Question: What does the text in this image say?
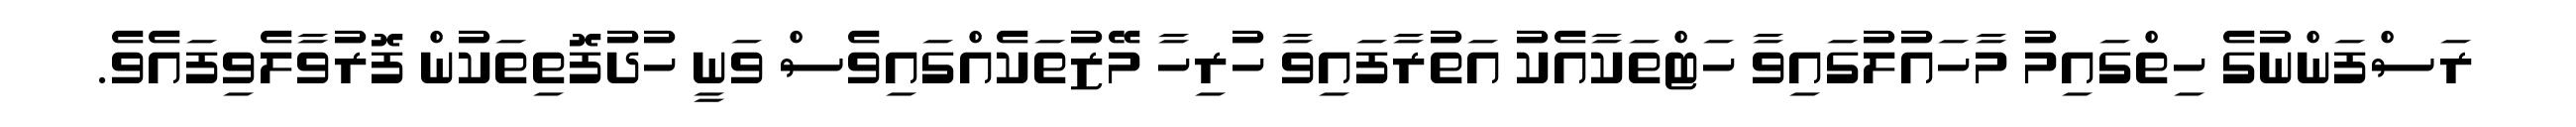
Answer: ރަސްފަންނުގެ ހިތްގައިމު މާހައުލުގައިވާ ހަޓްތަކާއެކު އަތުރާފައިވާ ހުރިހާ މޭޒުތަކެއްގައިވެސް ވަނީ ހުދުފޮތިތަކުން ފޮރުވާލެވިފައެވެ.